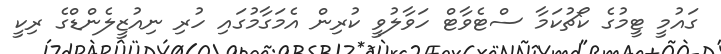
ގައުމީ ޓީމުގެ ކޯޗުކަމާ ސްޓެވާޓް ހަވާލުވީ ކުރިން އެމަގާމުގައި ހުރި ނިއުޒީލެންޑްގެ ރިކީ